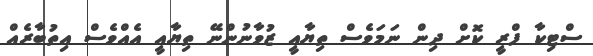
ސްޓިކާ ފްރީ ކޮށް ދިން ނަމަވެސް ތިޔާއީ ޒުވާނުންނޭ ތިޔާއީ އެއްވެސް އިތުބާރެއް